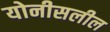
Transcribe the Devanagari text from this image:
योनीसलील